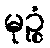
မုဉ္စံ